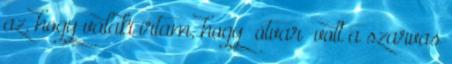
az, hogy valaki írtam, hogy “ótvar” volt a szarvas